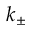
k _ { \pm }